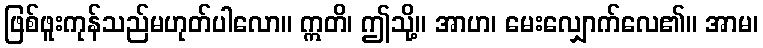
ဖြစ်ဖူးကုန်သည်မဟုတ်ပါလော။ ဣတိ၊ ဤသို့။ အာဟ၊ မေးလျှောက်လေ၏။ အာမ၊